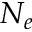
N _ { e }